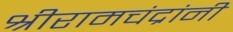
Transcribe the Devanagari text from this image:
श्रीरामचंद्रांनी